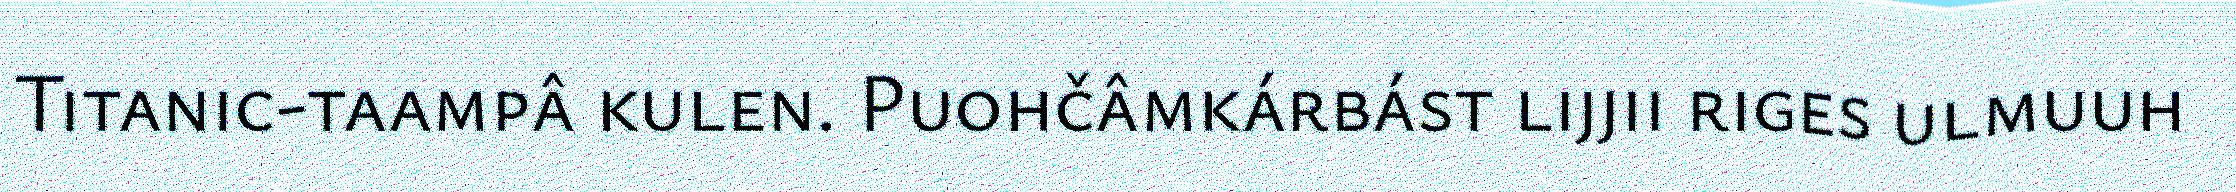
Titanic-taampâ kulen. Puohčâmkárbást lijjii riges ulmuuh